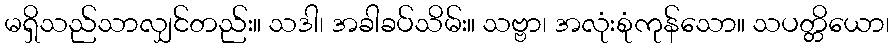
မရှိသည်သာလျှင်တည်း။ သဒါ၊ အခါခပ်သိမ်း။ သဗ္ဗာ၊ အလုံးစုံကုန်သော။ သပတ္တိယော၊